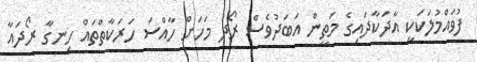
ފުވައްމުލަކަކީ އާދަކާދައިގެ މަތީން އަބަދުވެސް ރޯދަ މަހަށް ހާއްސަ ހަރަކާތްތައް ހިނގާ ރޯދައާ